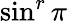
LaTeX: \sin^{r}\pi